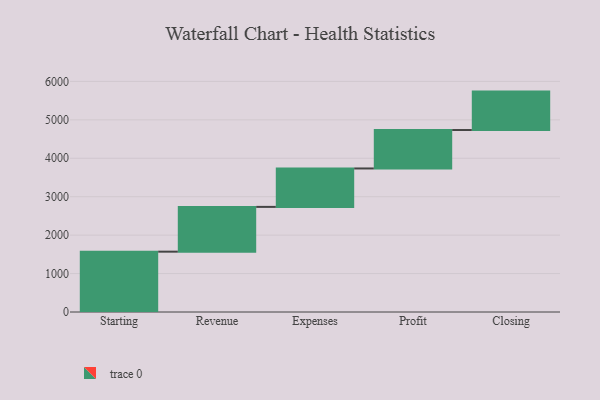
{"axis": {"x": "Step", "y": "Value"}, "legend": [""], "data": [{"x": "Starting", "y": 1570.0, "type": ""}, {"x": "Revenue", "y": 1165.0, "type": ""}, {"x": "Expenses", "y": 1000, "type": ""}, {"x": "Profit", "y": 1000, "type": ""}, {"x": "Closing", "y": 1000, "type": ""}]}